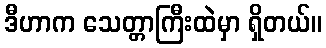
ဒီဟာက သေတ္တာကြီးထဲမှာ ရှိတယ်။